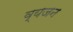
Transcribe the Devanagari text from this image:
व्यजन